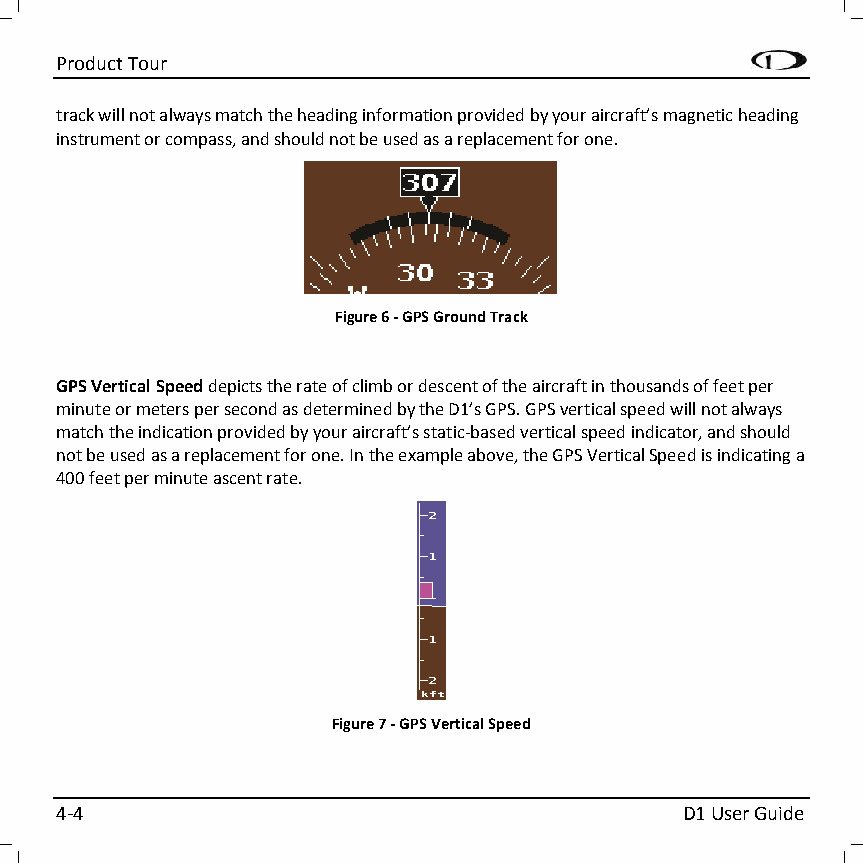
Product Tour
 track will not always match the heading information provided by your aircraft’s magnetic heading
 instrument or compass, and should not be used as a replacement for one.
 Figure 6 - GPS Ground Track
 GPS Vertical Speed depicts the rate of climb or descent of the aircraft in thousands of feet per
 minute or meters per second as determined by the D1’s GPS. GPS vertical speed will not always
 match the indication provided by your aircraft’s static-based vertical speed indicator, and should
 not be used as a replacement for one. In the example above, the GPS Vertical Speed is indicating a
 400 feet per minute ascent rate.
 Figure 7 - GPS Vertical Speed
 4-4                                      D1 User Guide